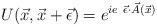
LaTeX: \begin{align*}U(\vec{x},\vec{x}+\vec{\epsilon})=e^{ie ~\vec{\epsilon}\cdot \vec{A}(\vec{x})}\end{align*}